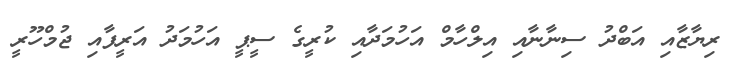
ރިޔާޒާއި އަބްދު ސިނާނާއި އިލްހާމް އަހުމަދާއި ކުރީގެ ސީޕީ އަހުމަދު އަރީފާއި ޖުމްހޫރީ